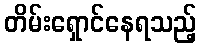
တိမ်းရှောင်နေရသည့်